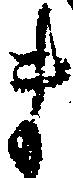
ま